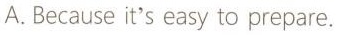
A.Because it's easy to prepare.